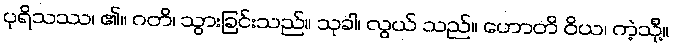
ပုရိသဿ၊ ၏။ ဂတိ၊ သွားခြင်းသည်။ သုခါ၊ လွယ် သည်။ ဟောတိ ဝိယ၊ ကဲ့သို့။